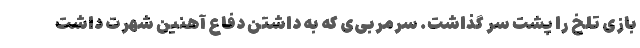
بازی تلخ را پشت سر گذاشت. سرمربی‌ی که به داشتن دفاع آهنین شهرت داشت